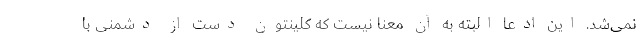
نمی‌شد. این ادعا البته به آن معنا نیست که کلینتون دست از دشمنی با